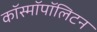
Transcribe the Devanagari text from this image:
कॉस्मॉपॉलिटन